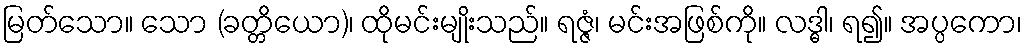
မြတ်သော။ သော (ခတ္တိယော)၊ ထိုမင်းမျိုးသည်။ ရဇ္ဇံ၊ မင်းအဖြစ်ကို။ လဒ္ဓါ၊ ရ၍။ အပ္ပကော၊